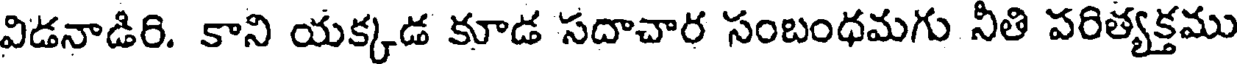
విడనాడిరి. కాని యక్కడ కూడ సదాచార సంబంధమగు నీతి పరిత్యక్తము